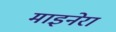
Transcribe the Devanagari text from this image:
माइनेरा